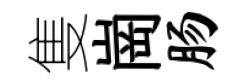
隻崗肠